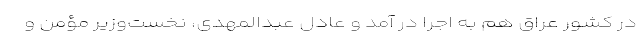
در کشور عراق هم به اجرا در آمد و عادل عبد‌المهدی، نخست‌وزیر مؤمن و